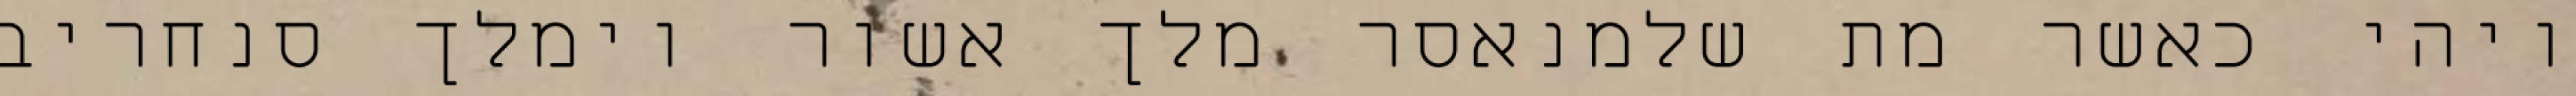
ויהי כאשר מת שלמנאסר מלך אשור וימלך סנחריב